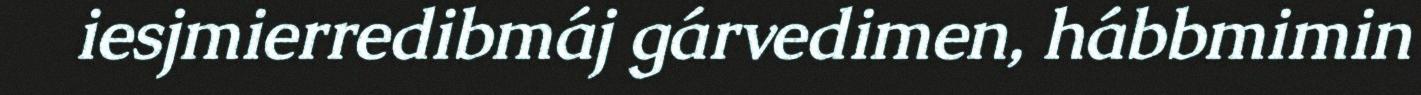
iesjmierredibmáj gárvedimen, hábbmimin